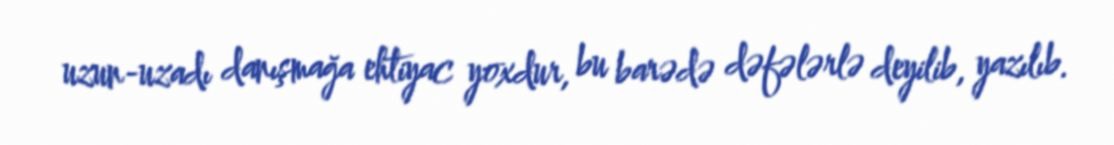
uzun-uzadı danışmağa ehtiyac yoxdur, bu barədə dəfələrlə deyilib, yazılıb.